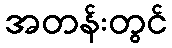
အတန်းတွင်